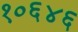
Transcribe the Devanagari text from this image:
१०६४६